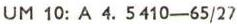
UM 10: A 4. 5410-65/27